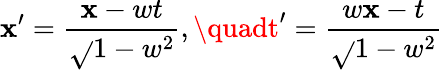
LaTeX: \mathbf{x}^{\prime}={\frac{{\mathbf{x}-wt}}{{\sqrt{}{{1-w^{2}}}}}},\quadt^{\prime}={\frac{{w\mathbf{x}-t}}{{\sqrt{}{{1-w^{2}}}}}}